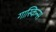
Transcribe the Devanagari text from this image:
गास्किन्स